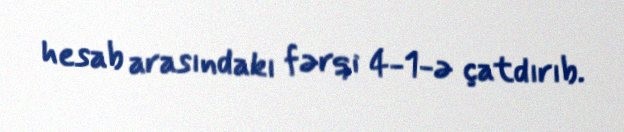
hesab arasındakı fərqi 4-1-ə çatdırıb.